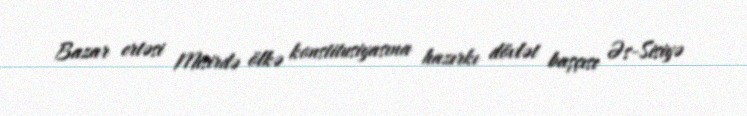
Bazar ertəsi Misirdə ölkə konstitusiyasına hazırkı dövlət başçısı Əs-Sisiyə